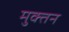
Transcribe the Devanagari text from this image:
मुक्तन